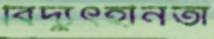
বিদ্যুৎহীনতা